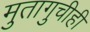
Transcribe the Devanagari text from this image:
मुतागुचीही